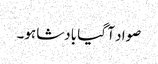
صواد آ گیا بادشاہو۔